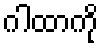
ဂါထာကို